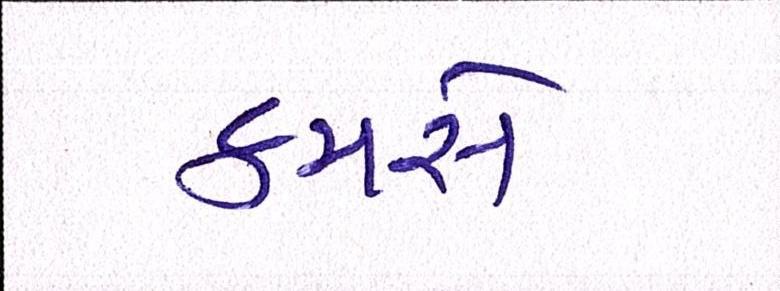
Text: કમસે